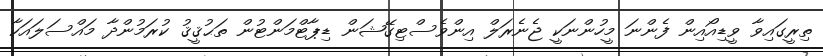
ތިރީގައިވާ ވީޑިއޯއިން ފެންނަ މީހުންނަކީ ޖެނެރަލް އިންވެސްޓިގޭޝަން ޑިޕާޓްމަންޓުން ތަޙުޤީޤު ކުރަމުންދާ މައްސަލައަކާ